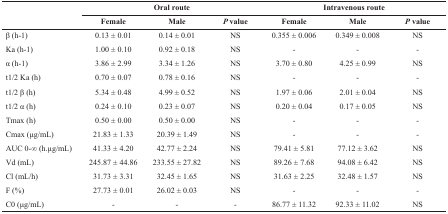
<table><thead><tr><td></td><td colspan="3"><b>Oral route</b></td><td colspan="3"><b>Intravenous route</b></td></tr><tr><td></td><td><b>Female</b></td><td><b>Male</b></td><td><b><i>P </i>value</b></td><td><b>Female</b></td><td><b>Male</b></td><td><b><i>P </i>value</b></td></tr></thead><tbody><tr><td>β (h-1)</td><td>0.13 ± 0.01</td><td>0.14 ± 0.01</td><td>NS</td><td>0.355 ± 0.006</td><td>0.349 ± 0.008</td><td>NS</td></tr><tr><td>Ka (h-1)</td><td>1.00 ± 0.10</td><td>0.92 ± 0.18</td><td>NS</td><td>-</td><td>-</td><td>-</td></tr><tr><td>α (h-1)</td><td>3.86 ± 2.99</td><td>3.34 ± 1.26</td><td>NS</td><td>3.70 ± 0.80</td><td>4.25 ± 0.99</td><td>NS</td></tr><tr><td>t1/2 Ka (h)</td><td>0.70 ± 0.07</td><td>0.78 ± 0.16</td><td>NS</td><td>-</td><td>-</td><td>-</td></tr><tr><td>t1/2 β (h)</td><td>5.34 ± 0.48</td><td>4.99 ± 0.52</td><td>NS</td><td>1.97 ± 0.06</td><td>2.01 ± 0.04</td><td>NS</td></tr><tr><td>t1/2 α (h)</td><td>0.24 ± 0.10</td><td>0.23 ± 0.07</td><td>NS</td><td>0.20 ± 0.04</td><td>0.17 ± 0.05</td><td>NS</td></tr><tr><td>Tmax (h)</td><td>0.50 ± 0.00</td><td>0.50 ± 0.00</td><td>NS</td><td>-</td><td>-</td><td>-</td></tr><tr><td>Cmax (μg/mL)</td><td>21.83 ± 1.33</td><td>20.39 ± 1.49</td><td>NS</td><td>-</td><td>-</td><td>-</td></tr><tr><td>AUC 0-∞ (h.μg/mL)</td><td>41.33 ± 4.20</td><td>42.77 ± 2.24</td><td>NS</td><td>79.41 ± 5.81</td><td>77.12 ± 3.62</td><td>NS</td></tr><tr><td>Vd (mL)</td><td>245.87 ± 44.86</td><td>233.55 ± 27.82</td><td>NS</td><td>89.26 ± 7.68</td><td>94.08 ± 6.42</td><td>NS</td></tr><tr><td>Cl (mL/h)</td><td>31.73 ± 3.31</td><td>32.45 ± 1.65</td><td>NS</td><td>31.63 ± 2.25</td><td>32.48 ± 1.57</td><td>NS</td></tr><tr><td>F (%)</td><td>27.73 ± 0.01</td><td>26.02 ± 0.03</td><td>NS</td><td>-</td><td>-</td><td>-</td></tr><tr><td>C0 (μg/mL)</td><td>-</td><td>-</td><td>-</td><td>86.77 ± 11.32</td><td>92.33 ± 11.02</td><td>NS</td></tr></tbody></table>